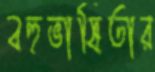
বহুভাষিতার